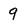
Character: 9